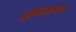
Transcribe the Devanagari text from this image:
सौपद्मसम्प्रदाय